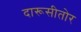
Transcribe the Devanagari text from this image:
दारूसीतोर